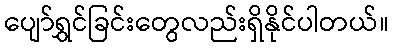
ပျော်ရွှင်ခြင်းတွေလည်းရှိနိုင်ပါတယ်။